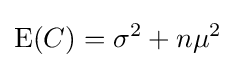
\operatorname {E} (C)=\sigma ^{2}+n\mu ^{2}